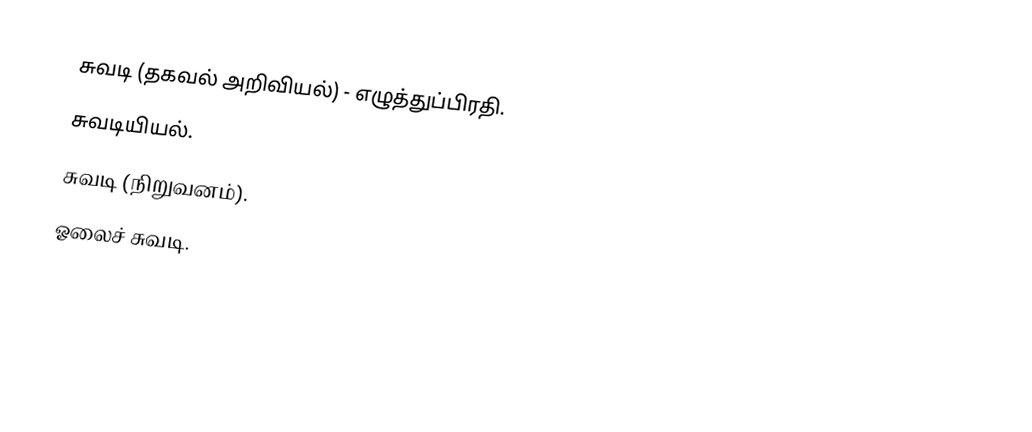
சுவடி (தகவல் அறிவியல்) - எழுத்துப்பிரதி.
 சுவடியியல்.
 சுவடி (நிறுவனம்).
 ஓலைச் சுவடி.